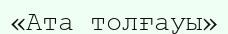
«Ата толғауы»